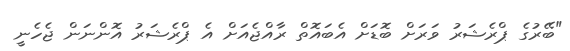
"ބޭރުގެ ޕްރެޝަރު ވަރަށް ބޮޑަށް އެބައޮތް ރާއްޖެއަށް އެ ޕްރެޝަރު އޮންނަން ޖެހެނީ